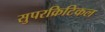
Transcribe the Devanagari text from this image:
सुपरक्रिटिकल